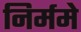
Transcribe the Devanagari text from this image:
निर्ममे